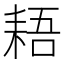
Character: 𱻳